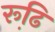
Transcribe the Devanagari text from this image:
रूढि़